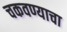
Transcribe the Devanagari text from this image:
चकवण्याचा